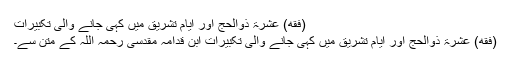
(فقه) عشرۃ ذوالحج اور ایامِ تشریق میں کہی جانے والی تکبیرات
(فقه) عشرۃ ذوالحج اور ایامِ تشریق میں کہی جانے والی تکبیرات ابن قدامہ مقدسی رحمہ اللہ کے متن سے۔